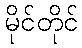
မိုင်တိုင်